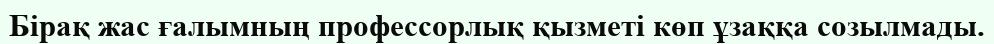
Бірақ жас ғалымның профессорлық қызметі көп ұзаққа созылмады.